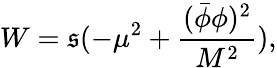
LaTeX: W=\mathfrak{s}(-\mu^{2}+\frac{{(\bar{{\phi}}\phi)^{2}}}{{M^{2}}}),